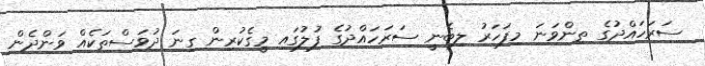
ސަރަހައްދުގެ ތިންވަނަ މިފަހަރު ލިބެނީ ސަރަހައްދުގެ ފުލުގައި މީގެކުރިން ގިނަ ދުވަސްތަކެއް ވަންދެން